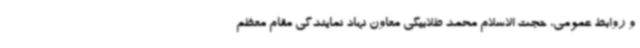
و روابط عمومی، حجت الاسلام محمد طلابیگی معاون نهاد نمایندگی مقام معظم